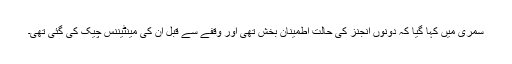
سمری میں کہا گیا کہ دونوں انجنز کی حالت اطمینان بخش تھی اور وقفے سے قبل ان کی مینٹیننس چیک کی گئی تھی۔